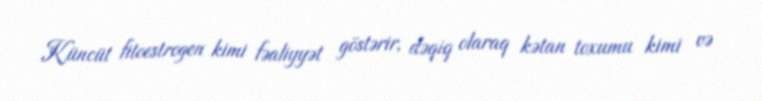
Küncüt fitoestrogen kimi fəaliyyət göstərir, dəqiq olaraq kətan toxumu kimi və